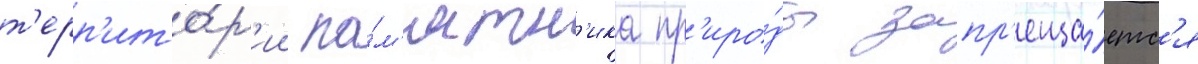
т'ерр'ито́р'ии па́м'ятн'ика пр'иро́ды запр'еща́етс'я